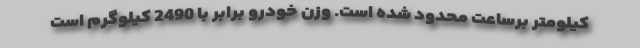
کیلومتر برساعت محدود شده است. وزن خودرو برابر با 2490 کیلوگرم است